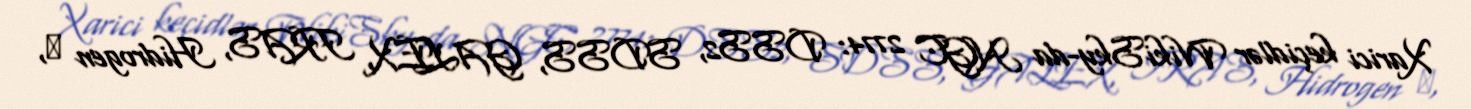
Xarici keçidlər WikiSky-da NGC 2774: DSS2, SDSS, GALEX, IRAS, Hidrogen α,